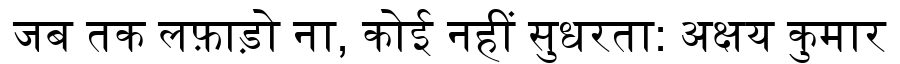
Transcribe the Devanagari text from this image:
जब तक लफ़ाड़ो ना, कोई नहीं सुधरता: अक्षय कुमार